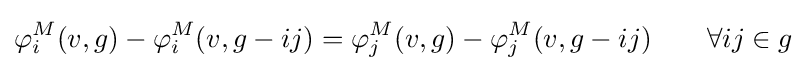
\varphi _{i}^{M}(v,g)-\varphi _{i}^{M}(v,g-ij)=\varphi _{j}^{M}(v,g)-\varphi _{j}^{M}(v,g-ij)\ \ \ \ \ \ \forall ij\in g